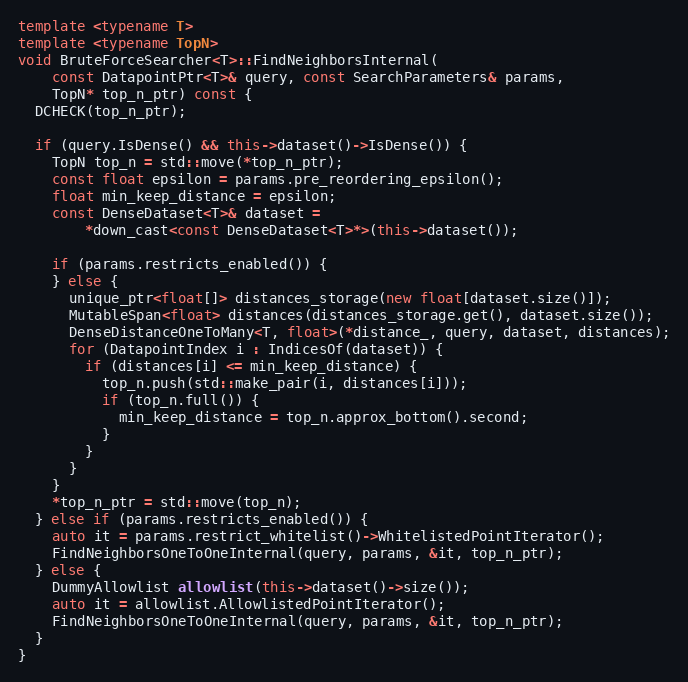
Language: C++
template <typename T>
template <typename TopN>
void BruteForceSearcher<T>::FindNeighborsInternal(
    const DatapointPtr<T>& query, const SearchParameters& params,
    TopN* top_n_ptr) const {
  DCHECK(top_n_ptr);

  if (query.IsDense() && this->dataset()->IsDense()) {
    TopN top_n = std::move(*top_n_ptr);
    const float epsilon = params.pre_reordering_epsilon();
    float min_keep_distance = epsilon;
    const DenseDataset<T>& dataset =
        *down_cast<const DenseDataset<T>*>(this->dataset());

    if (params.restricts_enabled()) {
    } else {
      unique_ptr<float[]> distances_storage(new float[dataset.size()]);
      MutableSpan<float> distances(distances_storage.get(), dataset.size());
      DenseDistanceOneToMany<T, float>(*distance_, query, dataset, distances);
      for (DatapointIndex i : IndicesOf(dataset)) {
        if (distances[i] <= min_keep_distance) {
          top_n.push(std::make_pair(i, distances[i]));
          if (top_n.full()) {
            min_keep_distance = top_n.approx_bottom().second;
          }
        }
      }
    }
    *top_n_ptr = std::move(top_n);
  } else if (params.restricts_enabled()) {
    auto it = params.restrict_whitelist()->WhitelistedPointIterator();
    FindNeighborsOneToOneInternal(query, params, &it, top_n_ptr);
  } else {
    DummyAllowlist allowlist(this->dataset()->size());
    auto it = allowlist.AllowlistedPointIterator();
    FindNeighborsOneToOneInternal(query, params, &it, top_n_ptr);
  }
}